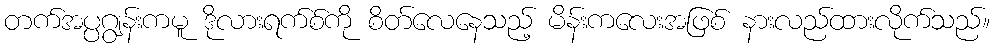
တက်အပ္ပဂျွန်းကမူ ဒိုလားရက်စ်ကို စိတ်လေနေသည့် မိန်းကလေးအဖြစ် နားလည်ထားလိုက်သည်။